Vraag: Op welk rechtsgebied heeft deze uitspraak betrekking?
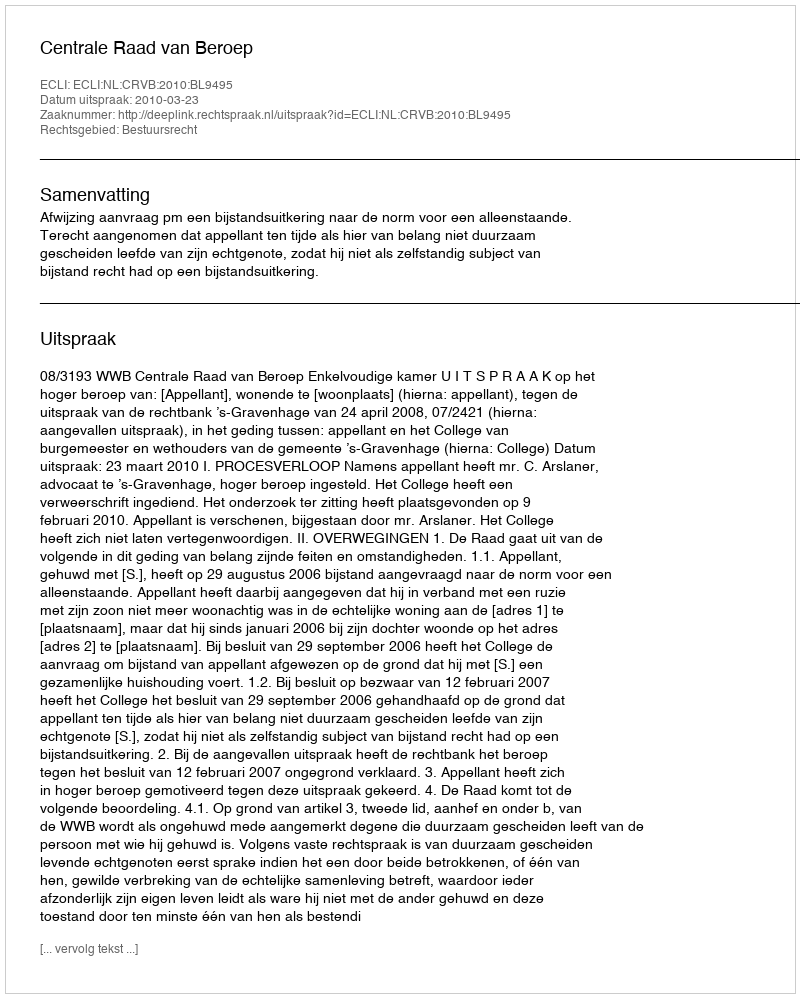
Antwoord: Bestuursrecht